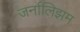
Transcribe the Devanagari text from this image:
जर्नालिझम